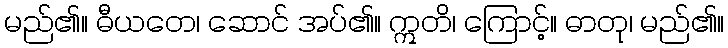
မည်၏။ ဓီယတေ၊ ဆောင် အပ်၏။ ဣတိ၊ ကြောင့်။ ဓာတု၊ မည်၏။